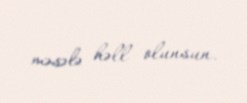
məsələ həll olunsun.